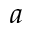
a